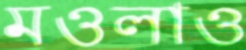
মওলাও